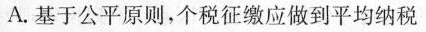
A.基于公平原则，个税征缴应做到平均纳税